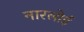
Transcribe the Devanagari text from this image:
नारलोई